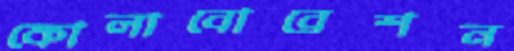
কোলাবোরেশন